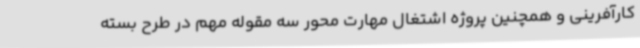
کارآفرینی و همچنین پروژه اشتغال مهارت محور سه مقوله مهم در طرح بسته